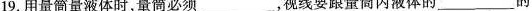
19.用量筒量液体时，量筒必须___，视线要跟量筒内液体的___的